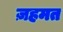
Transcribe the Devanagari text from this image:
ज़हमत